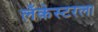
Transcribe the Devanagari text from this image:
लँकेस्टरला